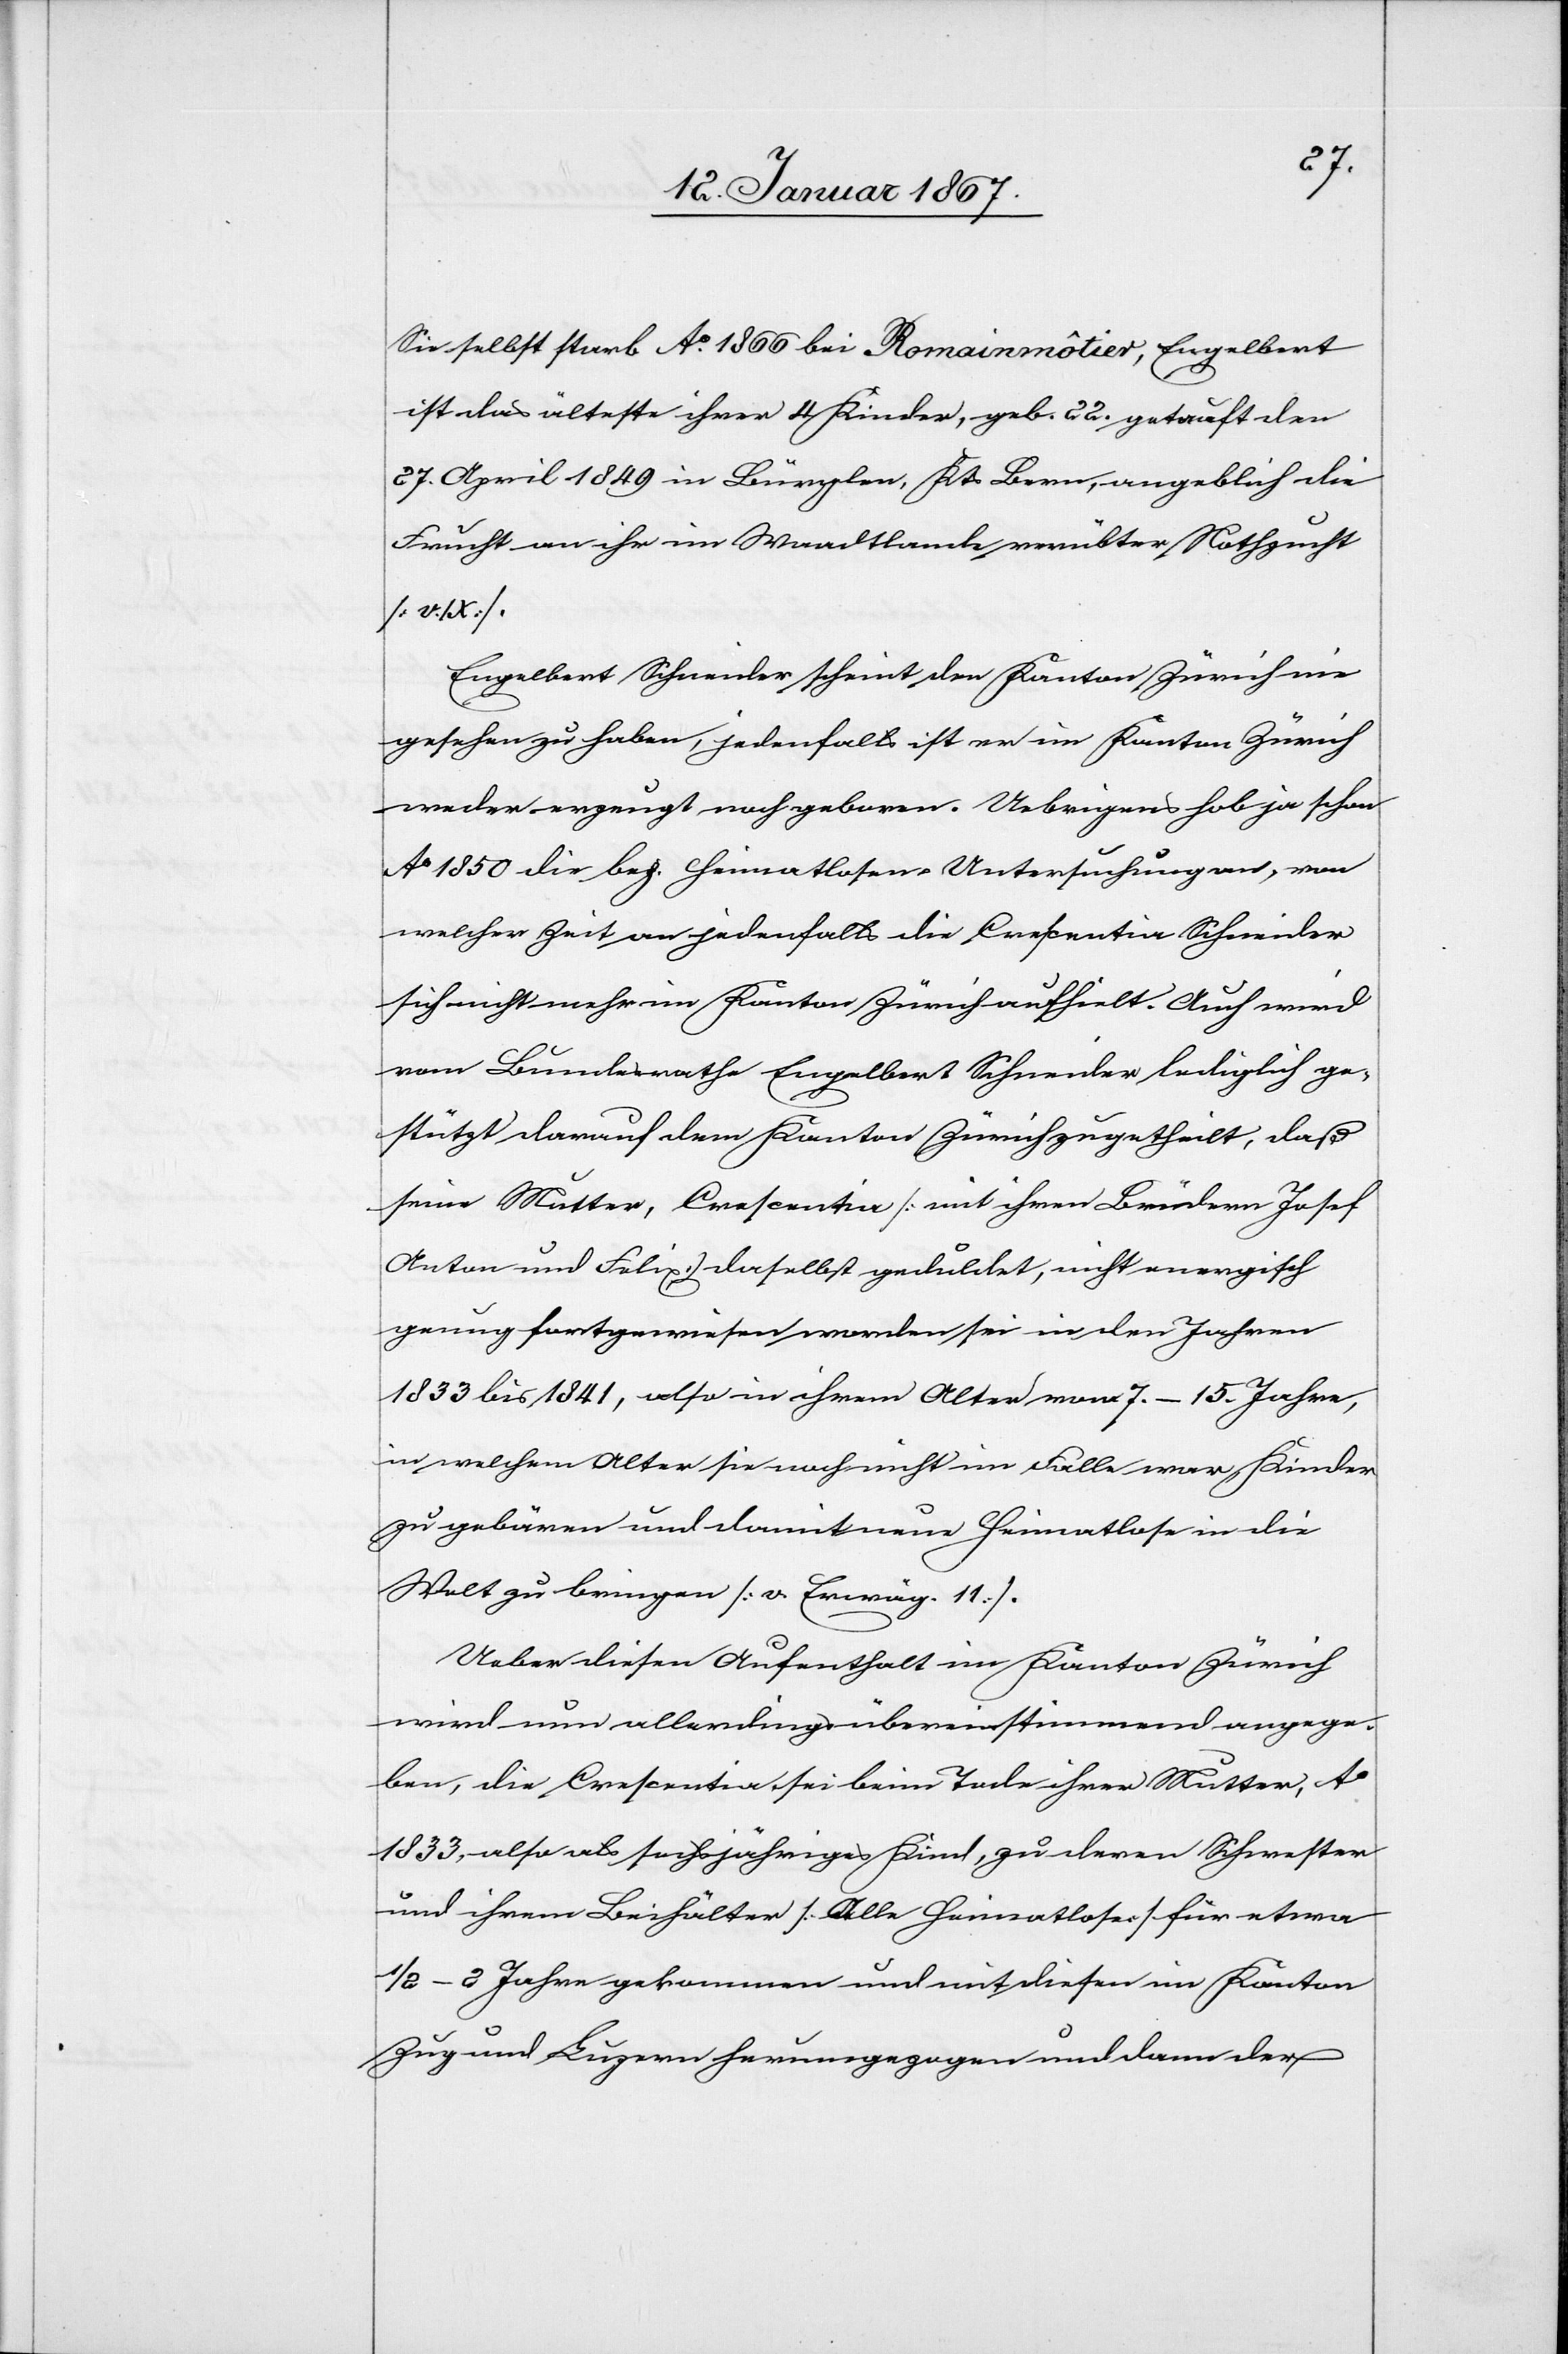
Sie selbst starb Ao 1866 bei Romainmôtier, Engelbert
ist das älteste ihrer 4 Kinder, geb. 22. getauft den
27. April 1849 in Bürglen, Kts Bern, angeblich die
Frucht an ihr im Waadtlande verübter Nothzucht
IX].E¬
ngelbert Schneider scheint den Kanton Zürich nie
gesehen zu haben, jedenfalls ist er im Kanton Zürich
weder erzeugt noch geboren. Uebrigens hob ja schon
Ao 1850 die bez. heimatlosen Untersuchung an, von
welcher Zeit an jedenfalls die Crescentia Schneider
sich nicht mehr im Kanton Zürich aufhielt. Auch wird
vom Bundesrathe Engelbert Schneider lediglich ge¬
stützt darauf dem Kanton Zürich zugetheilt, daß
seine Mutter, Crescentia [mit ihren Brüdern Josef
Anton und Felix] daselbst geduldet, nicht energisch
genug fortgewiesen worden sei in den Jahren
1833 bis 1841, also in ihrem Alter von 7.–15. Jahre,
in welchem Alter sie noch nicht im Falle war, Kinder
zu gebären und damit neue Heimatlose in die
Welt zu bringen [v. Erwäg. 11.].
Ueber diesen Aufenthalt im Kanton Zürich
wird nun allerdings übereinstimmend angege¬
ben, die Crescentia sei beim Tode ihrer Mutter, Ao
1833, also als sechsjähriges Kind, zu deren Schwester
und ihrem Beihälter [Alle Heimatslose] für etwa
1/2–2 Jahre gekommen und mit diesen im Kanton
Zug und Luzern herumgezogen und dann der